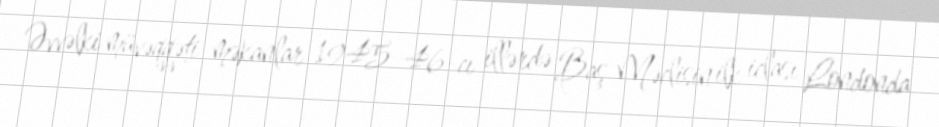
Əvvəlki müvəqqəti məkanlar 1945–46-cı illərdə Baş Məclisin ilk iclası Londonda